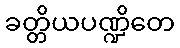
ခတ္တိယပဏ္ဍိတေ